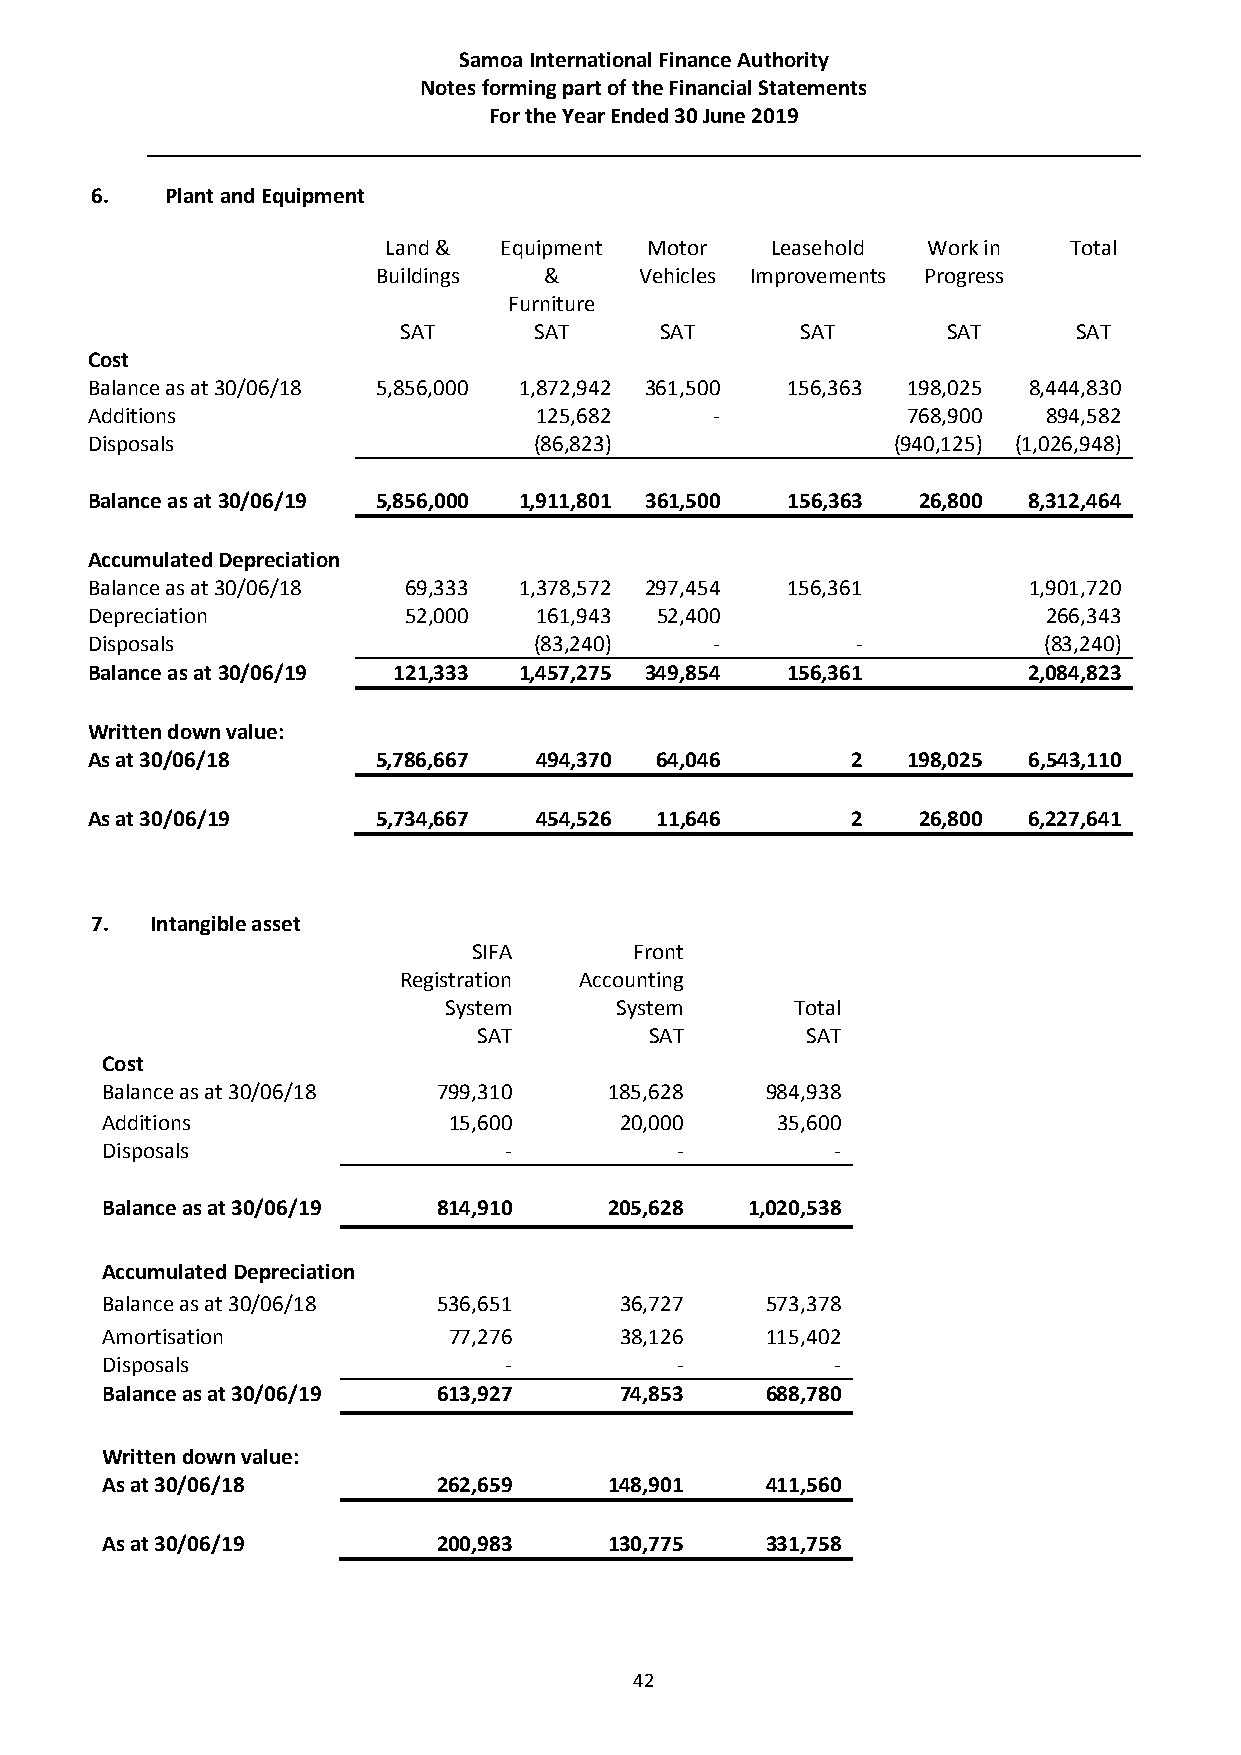
Samoa International Finance Authority
 Notes forming part of the Financial Statements
 For the Year Ended 30 June 2019
 6.   Plant and Equipment
 Land &  Equipment Motor   Leasehold Work in   Total
 Buildings  &     Vehicles Improvements Progress
 Furniture
 SAT      SAT      SAT      SAT       SAT     SAT
 Cost
 Balance as at 30/06/18 5,856,000 1,872,942 361,500 156,363 198,025 8,444,830
 Additions                    125,682     -            768,900  894,582
 Disposals                    (86,823)                (940,125) (1,026,948)
 Balance as at 30/06/19 5,856,000 1,911,801 361,500 156,363 26,800 8,312,464
 Accumulated Depreciation
 Balance as at 30/06/18 69,333 1,378,572 297,454 156,361       1,901,720
 Depreciation         52,000  161,943 52,400                    266,343
 Disposals                    (83,240)    -         -           (83,240)
 Balance as at 30/06/19 121,333 1,457,275 349,854 156,361      2,084,823
 Written down value:
 As at 30/06/18     5,786,667 494,370 64,046       2   198,025 6,543,110
 As at 30/06/19     5,734,667 454,526 11,646       2    26,800 6,227,641
 7.  Intangible asset
 SIFA       Front
 Registration Accounting
 System      System      Total
 SAT        SAT       SAT
 Cost
 Balance as at 30/06/18 799,310   185,628    984,938
 Additions              15,600     20,000    35,600
 Disposals                 -           -         -
 Balance as at 30/06/19 814,910   205,628  1,020,538
 Accumulated Depreciation
 Balance as at 30/06/18 536,651    36,727    573,378
 Amortisation           77,276     38,126    115,402
 Disposals                 -           -         -
 Balance as at 30/06/19 613,927    74,853    688,780
 Written down value:
 As at 30/06/18        262,659    148,901    411,560
 As at 30/06/19        200,983    130,775    331,758
 42